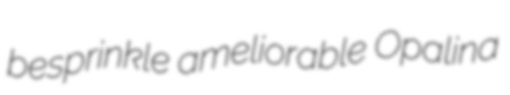
besprinkle ameliorable Opalina